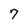
Character: 7